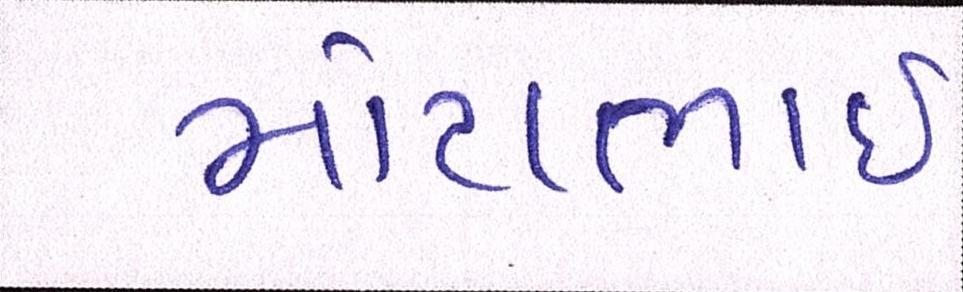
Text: મોટાભાઈ